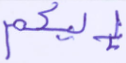
إليكم